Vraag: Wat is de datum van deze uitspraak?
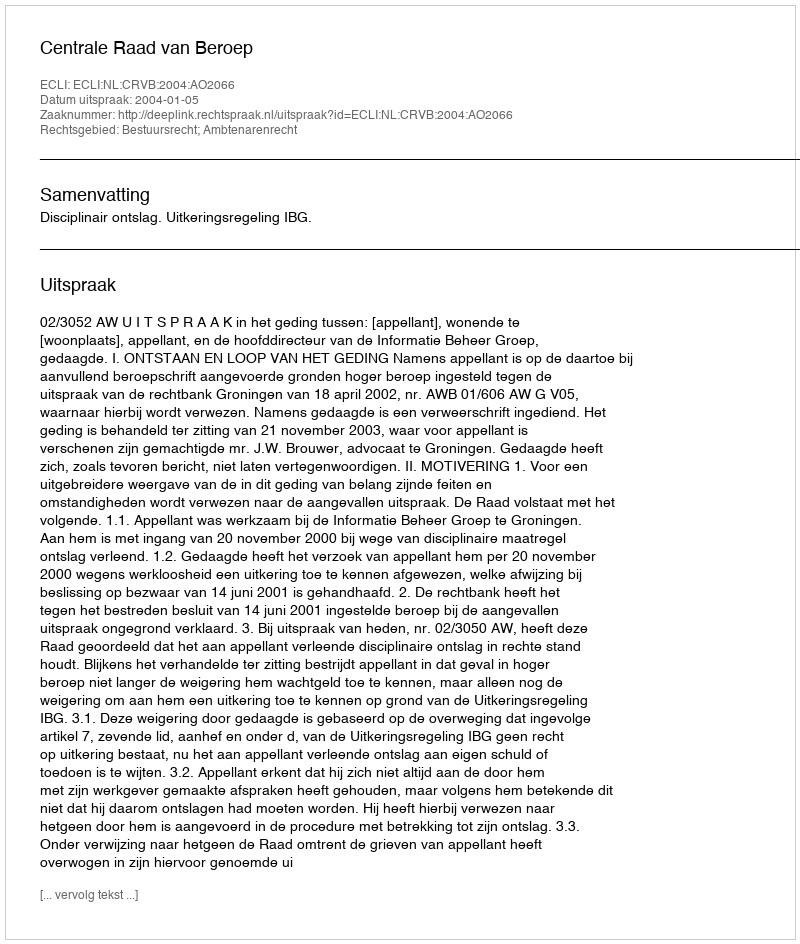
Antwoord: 2004-01-05